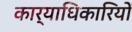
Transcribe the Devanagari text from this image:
कार्याधिकारियों